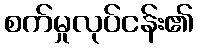
စက်မှုလုပ်ငန်း၏